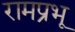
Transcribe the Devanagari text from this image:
रामप्रभू